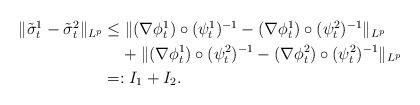
LaTeX: \begin{align*} \aligned \|\tilde \sigma^1_t-\tilde\sigma^2_t\|_{L^p} &\leq \|(\nabla\phi^1_t)\circ (\psi^1_t)^{-1} -(\nabla\phi^1_t)\circ (\psi^2_t)^{-1}\|_{L^p}\\ &\hskip13pt + \|(\nabla\phi^1_t)\circ (\psi^2_t)^{-1} -(\nabla\phi^2_t)\circ (\psi^2_t)^{-1}\|_{L^p}\\ &=: I_1+I_2. \endaligned \end{align*}